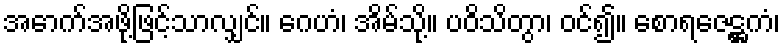
အောက်အဖို့ဖြင့်သာလျှင်။ ဂေဟံ၊ အိမ်သို့။ ပဝိသိတွာ၊ ဝင်၍။ စောရဇေဋ္ဌကံ၊